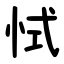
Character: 恜